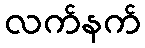
လက်နက်